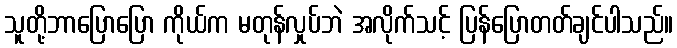
သူတို့ဘာပြောပြော ကိုယ်က မတုန်လှုပ်ဘဲ အလိုက်သင့် ပြန်ပြောတတ်ချင်ပါသည်။